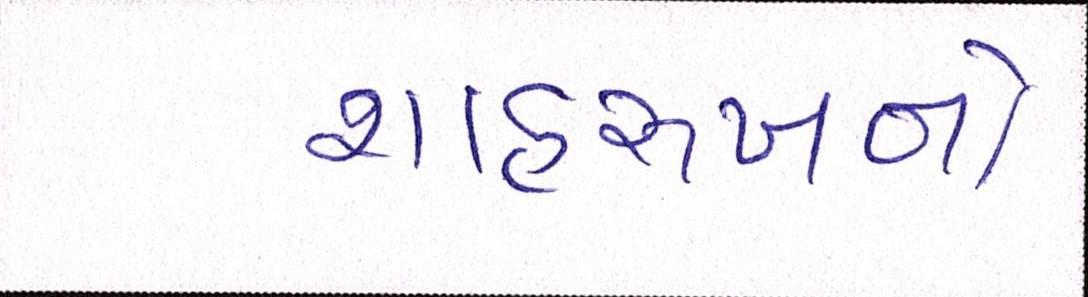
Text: શાહરુખનો